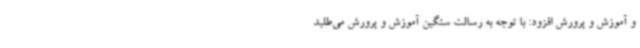
و آموزش و پرورش افزود: با توجه به رسالت سنگین آموزش و پرورش می‌طلبد